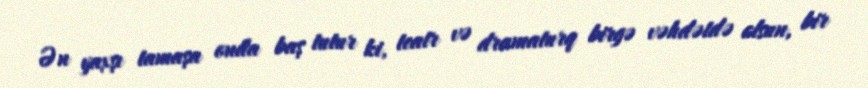
Ən yaxşı tamaşa onda baş tutur ki, teatr və dramaturq birgə vəhdətdə olsun, bir